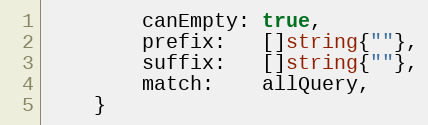
Language: Go
		canEmpty: true,
		prefix:   []string{""},
		suffix:   []string{""},
		match:    allQuery,
	}